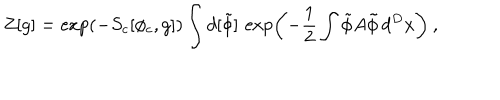
LaTeX: Z [ g ] = \exp ( - S _ { c } [ \phi _ { c } , g ] ) \int d [ \tilde { \phi } ] \, \exp \left( - \frac 1 2 \int \tilde { \phi } A \tilde { \phi } \, d ^ { D } x \right) \: , \nonumber